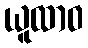
ယူထာဝ